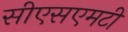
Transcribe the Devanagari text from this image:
सीएसएमटी